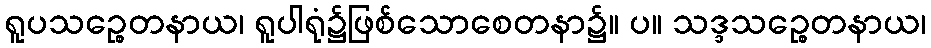
ရူပသဉ္စေတနာယ၊ ရူပါရုံ၌ဖြစ်သောစေတနာ၌။ ပ။ သဒ္ဒသဉ္စေတနာယ၊